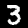
Digit: 3